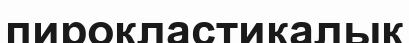
пирокластикалык